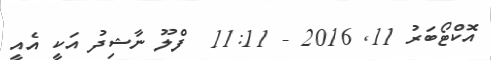
އޮކްޓޯބަރު 11